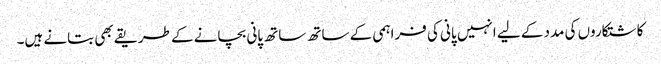
کاشتکاروں کی مدد کے لیے انہیں پانی کی فراہمی کے ساتھ ساتھ پانی بچانے کے طریقے بھی بتانے ہیں۔